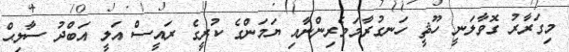
މިގަރާރު ގޮވާލަނީ ހޫޘީ ހަނގުރާމަވެރިންނާއި ޔަމަންގެ ކުރީގެ ރައީސް އަލީ އަބްދު ސާލިޙް